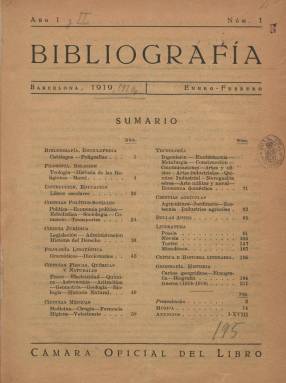
Título: Bibliografía (Cámara Oficial del Libro)
Colección: Libros
Ámbito geográfico: Barcelona
Lugar de publicación: Barcelona
Fechas: 01/01/1919-31/12/1921

Publicación bimestral editada por la Cámara Oficial del Libro de Barcelona que daba a conocer todo lo que se publicaba en el ámbito hispánico en todos los ramos del saber, comprendiendo las lenguas peninsulares y las formas dialectales de Europa, América, Filipinas y Norte de África. Es una bibliografía muy útil para conocer la cultura y a los autores  del  momento.

    La Cámara Oficial de Libro de Barcelona fue constituida en 1918 por los principales editores catalanes y desarrolló una gran actividad hasta el estallido de la Guerra Civil en 1936. La entidad instituyó la Feria del Libro en Cataluña y publicó los primeros catálogos bibliográficos catalanes. Desde 1981 su nombre es Cámara del  Libro de Cataluña.

   Bibliografía se editó en 1919 y 1920 en castellano. En 1921 se editó un índice general con todos los autores y libros publicados en esos dos años. La publicación, con 30 páginas por número, aunque había números con más, insertaba publicidad de los editores catalanes de la Cámara Oficial del Libro y daba cabida también a noticias de índole interna de la Cámara, como la que daba a conocer la llamada Bolsa de Trabajo Intelectual, oficina encargada de poner en conocimiento de las editoriales  las ofertas de libros inéditos, traducciones, etc.  que les comunicaban los autores españoles e iberoamericanos.

   Bibliografía pedía en sus páginas ayuda a editores, autores, libreros y comisionistas de la Península y de Iberoamérica para que le enviaran con diligencia nota bibliográfica de las nuevas publicaciones que dieran a luz o de las que tuvieran noticia. A cambio remitían fichas impresas con los datos a quien lo solicitara.

[Descripción publicada el 31/03/2020]